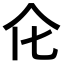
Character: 𠆪